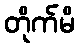
တိုက်မိ